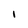
Character: I